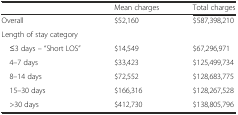
<table><thead><tr><td></td><td><b>Mean charges</b></td><td><b>Total charges</b></td></tr></thead><tbody><tr><td>Overall</td><td>$52,160</td><td>$587,398,210</td></tr><tr><td colspan="3">Length of stay category</td></tr><tr><td> ≤3 days – “Short LOS”</td><td>$14,549</td><td>$67,296,971</td></tr><tr><td> 4–7 days</td><td>$33,423</td><td>$125,499,734</td></tr><tr><td> 8–14 days</td><td>$72,552</td><td>$128,683,775</td></tr><tr><td> 15–30 days</td><td>$166,316</td><td>$128,267,528</td></tr><tr><td> &gt;30 days</td><td>$412,730</td><td>$138,805,796</td></tr></tbody></table>